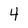
Character: 4